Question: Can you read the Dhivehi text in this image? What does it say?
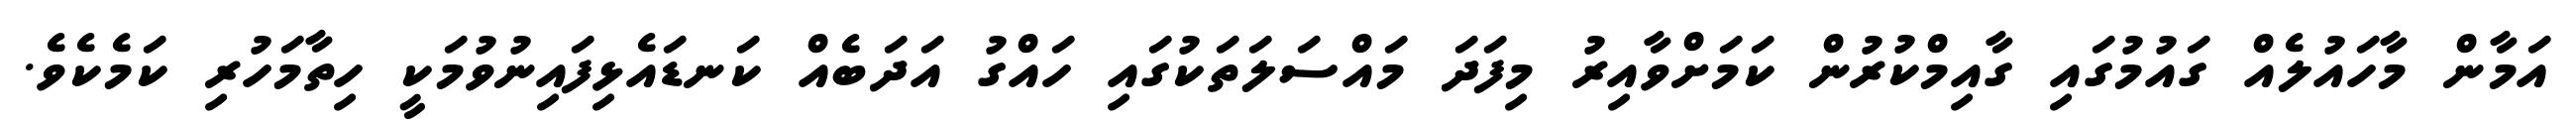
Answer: އަމާން މާހައުލެއް ގައުމުގައި ގާއިމްކުރުން ކަމަށްވާއިރު މިފަދަ މައްސަލަތަކުގައި ހައްގު އަދަބެއް ކަނޑައެޅިފައިނުވުމަކީ ހިތާމަހުރި ކަމެކެވެ.